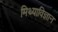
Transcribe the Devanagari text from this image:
मिथ्याविज्ञान